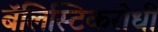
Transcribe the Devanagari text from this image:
बॅलिस्टिकरोधी